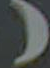
(